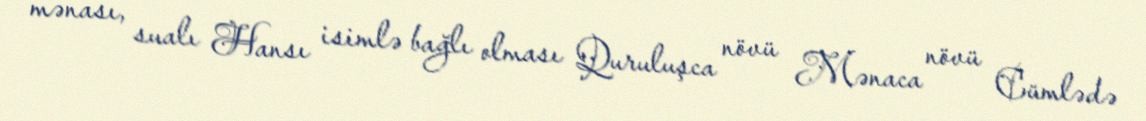
mənası, sualı Hansı isimlə bağlı olması Quruluşca növü Mənaca növü Cümlədə